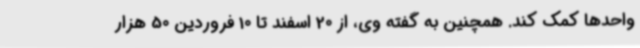
واحدها کمک کند. همچنین به گفته وی، از 20 اسفند تا 10 فروردین 50 هزار